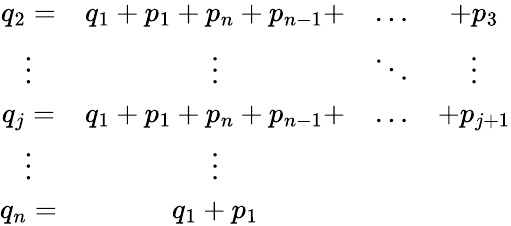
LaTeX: \begin{array}{cccc}{{q_{2}=}}&{{q_{1}+p_{1}+p_{n}+p_{n-1}+}}&{{\ldots}}&{{+p_{3}}}\\ {{\vdots}}&{{\vdots}}&{{\ddots}}&{{\vdots}}\\ {{q_{j}=}}&{{q_{1}+p_{1}+p_{n}+p_{n-1}+}}&{{\ldots}}&{{+p_{j+1}}}\\ {{\vdots}}&{{\vdots}}&{{}}&{{}}\\ {{q_{n}=}}&{{q_{1}+p_{1}}}&{{}}&{{}}\end{array}